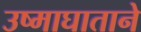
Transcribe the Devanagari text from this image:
उष्माघाताने